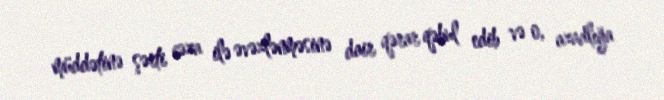
müddətinə şərti cəza ilə əvəzlənməsinə dair qərar qəbul edib və o, azadlığa